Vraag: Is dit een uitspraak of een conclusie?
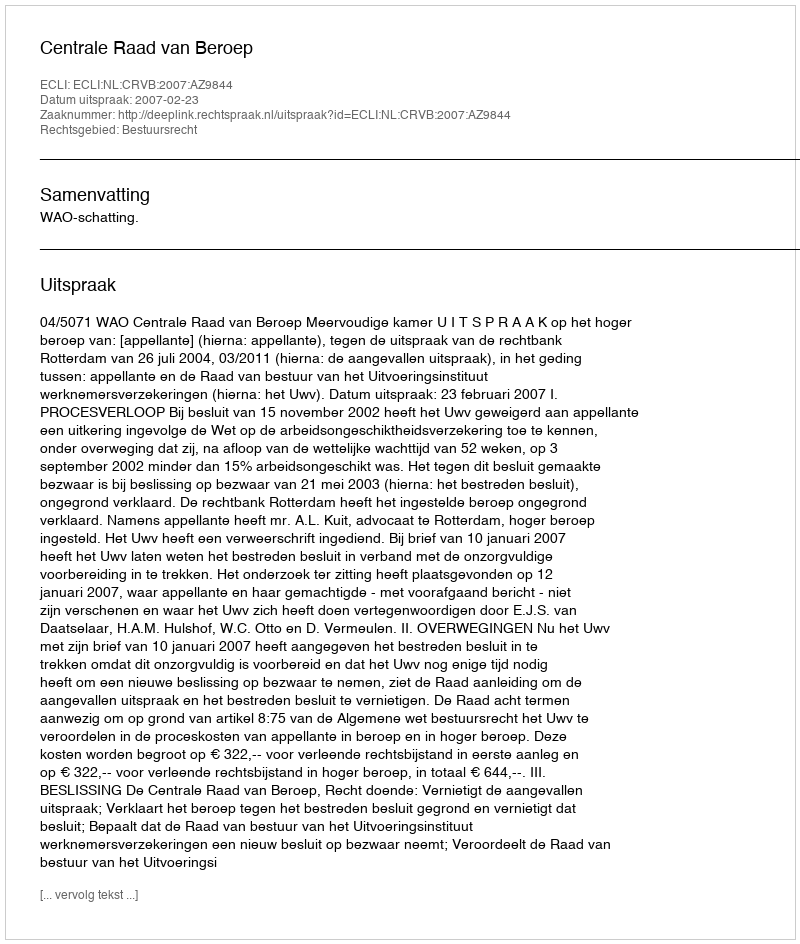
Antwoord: Uitspraak